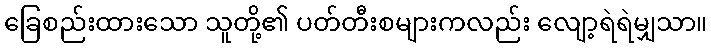
ခြေစည်းထားသော သူတို့၏ ပတ်တီးစများကလည်း လျော့ရဲရဲမျှသာ။